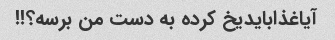
آیاغذابایدیخ کرده به دست من برسه؟!!